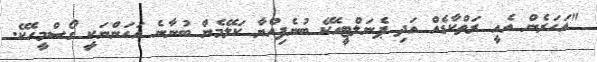
"އަހަރެން އެއީ ރަތްކާޑެއް އަދި ޕެނަލްޓީއެކޭ ބުނެފިއްޔާ ކަލޭމެން ބުނާނެ އަހަންނަކީ ގޯސްމީހެކޭ.